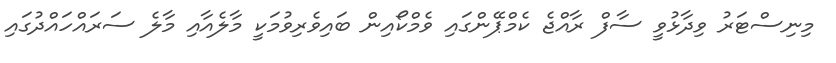
މިނިސްޓަރު ވިދާޅުވީ ސާފް ރާއްޖެ ކެމްޕޭންގައި ވެމްކޯއިން ބައިވެރިވުމަކީ މާލެއާއި މާލެ ސަރައްހައްދުގައި